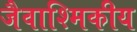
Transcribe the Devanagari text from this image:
जैवाश्मिकीय